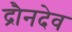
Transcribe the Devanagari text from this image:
द्रौनदेव